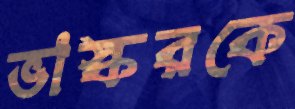
ভাস্করকে